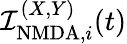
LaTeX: \mathcal{I}_{\mathrm{{NMDA}},i}^{(X,Y)}(t)